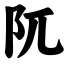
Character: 阢